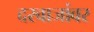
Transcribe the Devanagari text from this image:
दरवाजांवर